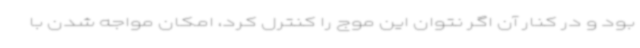
بود و در کنار آن اگر نتوان این موج را کنترل کرد، امکان مواجه شدن با